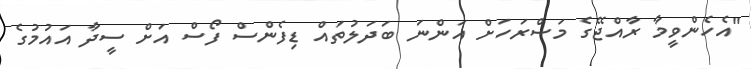
"އެހެންވީމާ ރާއްޖޭގެ މަސްރަހަށް އަންނަ ބަދަލުތައް ޑިފެންސް ފޯސް އަށް ސީދާ އައުމުގެ